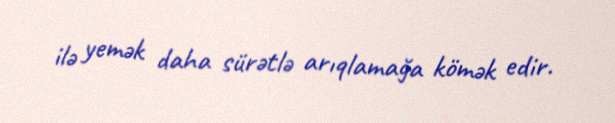
ilə yemək daha sürətlə arıqlamağa kömək edir.